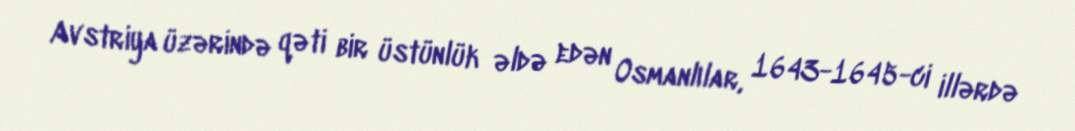
Avstriya üzərində qəti bir üstünlük əldə edən Osmanlılar, 1643-1645-ci illərdə